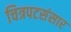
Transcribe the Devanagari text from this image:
चित्रपटसंसार